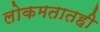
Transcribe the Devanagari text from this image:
लोकमतातही